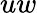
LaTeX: uw